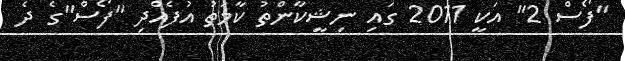
"ފޯސް 2" އަކީ 2011 ގައި ނިޝީކާންތު ކާމަތު އުފެއްދި "ފޯސް"ގެ ދެ